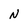
Character: N